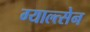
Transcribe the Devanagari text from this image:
ग्याल्त्सेन